King Institute of Preventive Medicine Micro-Biological Section reports 1909-11
Year: 1909
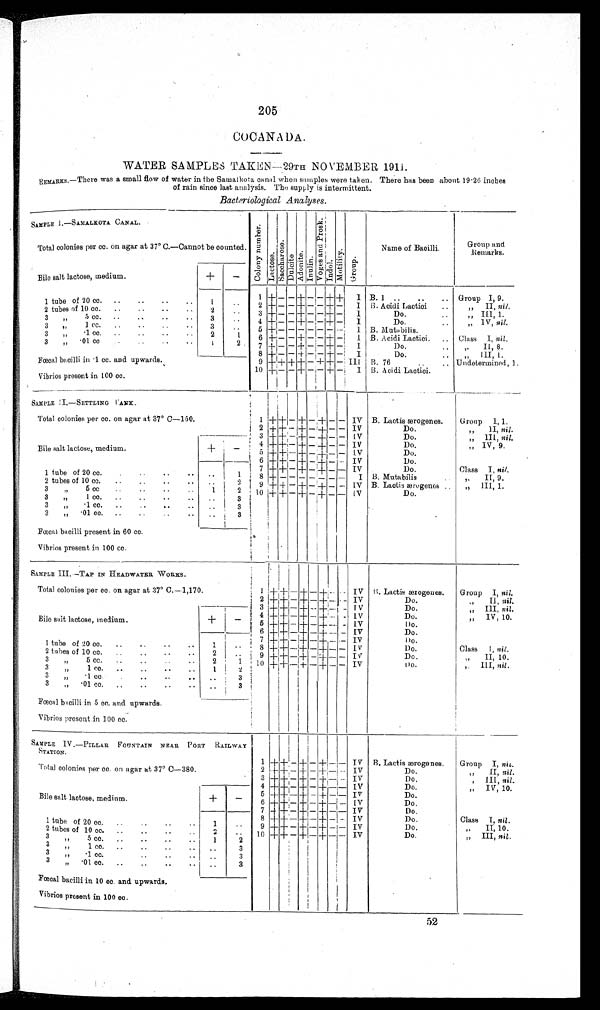
205
COCANADA.
WATER SAMPLES TAKEN—29TH NOVEMBER 1911.
REMARKS.—There was a small flow of water in the Samalkota canal when samples were taken. There has been about 19·26 inches
of rain since last analysis. The supply is intermittent.
Bacteriological Analyses .
SAMPLE I.—SAMALKOTA CANAL.
Col ony number.
Lactose.Sacchar os e. Dulcite.Adoni t e.Inul i n.Vo g e s a n d Pr o s k .Indol.Mot i l i t y. Group.
Name of Bacilli.
Group and
Remarks.
Total colonies per cc. on agar at 37° C.—Cannot be counted.
Bile salt lactose, medium.
+
−
1 + − − + −
−
+ +
I B. 1
Group I, 9.
1 tube of 20 cc.
1
2 + − − + − − +
−
I
B. Ac i d i La c t i c i .
„ II nil.
2 tubes of 10 cc.
2
3 +
− −
+
− −
+
−
I
Do.
„ III, 1.
3 „ 5 cc.
3
4
+
− −
+
− − +
−
I
Do.
„ IV, nil.
3 „ 1 cc.
3
5
+
− − − − − + − I
B. Mutabilis
3 „ ·1 cc.
2
1
6
+
− − + − − + −
I B. Acidi Lactici.
Class I, nil .
3 „ ·01 cc.
1
2
7
+
− −
+
− −
+
−
I
Do.
„ II, 8.
8
+
− −
+
− −
+
−
I
Do.
„ III, 1.
Fœcal bacilli in ·1 cc. and upwards.
9
+ + +
+ −
+
+ − III B. 76
Undetermined, 1.
Vibrios present in 100 cc.
10
+
− − + −
− + −
I B. Acidi Lactici.
SAMPLE II.—SETTLING
TANK.
Total colonies per cc. on agar at 37° C—150.
1
+ +
− +
−
+
− −
IV B. Lactis ærogenes.
Group I, 1.
2 + + −
+
−
+
− −
IV
Do.
„ II, nil.
3
+ + −
+
−
+
− −
IV
Do.
„ III, nil.
4 +
+
− + − + − −
IV
Do.
„ IV, 9.
Bile salt lactose, medium.
+
−
5
+ +
−
+
−
+
− −
IV
Do.
6 +
+
− + −
+
− − IV
Do.
7
+ +
− + −
+
− −
I
Do.
Class I, nil.
1 tube of 20 cc.
1
8
+
+ −
− − − −
I V
B. Mutabilis
„ II, 9.
2 tubes of 10 cc.
2
9
+ +
−
+
−
+
− −
IV B. Lactis ærogenes
„ III, 1.
3 ,, 5 cc
1
2
1 0
+
+−
+
−
+
− −
I V
Do.
3 „ 1 cc.
3
3 „ ·1 cc.
3
3 „ ·01 cc.
3
Fœcal bacilli present in 60 cc.
Vibrios present in 100 cc.
SAMPLE III.—TAP IN HEADWATER WORKS.
Total colonies per cc. on agar at 37° C.—1,170.
1
+ +
−
+
−
+
− −
IV B. Lactis ærogeues.
Group I, nil.
2
+
+ −
+
−
+
− −
IV
Do.
„ II, nil.
3
+
+ −
+
−
+
− −
IV
Do.
„ III, nil .
4
+ +
−
+
−
+
−−
IV
Do.
„ IV, 10.
Bile salt lactose, medium.
+
−
5 + + −
+
−
+
− −
IV
Do.
6
+
+ −
+
−
+
− −
IV
Do.
7
+
+
−
+
−
+
− −
IV
Do.
1 tube of 20 cc.
1
8
+ +
−
+
−
+
− −
IV
Do.
Class I, nil.
2 tubes of 10 cc.
2
9
+
+ −
+
−
+
− −
IV
Do.
„ II, 10.
3 „ 5 cc.
2
1
10
+
+ −
+
−
+
− −
IV
Do.
„ III, nil.
3 „ 1 cc.
1
2
3 „ ·1 cc.
3
3 „ ·01 cc.
3
Fœcal bacilli in 5 cc. and upwards.
Vibrios present in 100 cc.
SAMPLE IV.—PILLAR FOUNTAIN NEAR PORT
STATION.RAILWAY STATION
1
+ +
−
+
−
+
− −
IV B. Lactis ærogenes.
Group I, nit.
Total colonies per cc. on agar at 37° C—380.
2
+ +
−
+
−
+
− −
IV
Do.
„ II, nil.
3
+ +
−
+
−
+
− −
IV
Do.
„ III, nil .
4
+ +
−
+
−
+
− −
IV
Do.
„ IV, 10.
5
+ +
−
+
−
+
− −
IV
Do.
Bile salt lactose, medium.
+
−
6
+ +
−
+
−
+
− −
IV
Do
7
+ + −
+
−
+
− −
IV
Do.
8
+ +
−
+
−
+
− −
IV
Do.
Class I, nil .
1 tube of 20 cc.
1
9
+ +
−
+
−
+
− −
IV
Do.
„ II, 10.
2 tubes of 10 cc.
2
1 0
+ +
−
+
−
+
− −
IV
Do.
„ III, nil .
3 „ 5 cc.
1
2
3 „ 1 cc.
3
3 ,, ·1 cc.
3
3 „ ·01 cc.
3
Fœcal bacilli in 10 cc. and upwards.
Vibrios present in 100 cc.
52